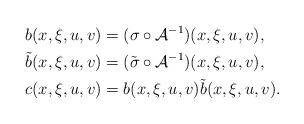
LaTeX: \begin{align*}&b(x,\xi,u,v)=(\sigma\circ\mathcal{A}^{-1})(x,\xi,u,v),\\&\tilde b(x,\xi,u,v)=(\tilde\sigma\circ\mathcal{A}^{-1})(x,\xi,u,v),\\& c(x,\xi,u,v)=b(x,\xi,u,v)\tilde b(x,\xi,u,v).\end{align*}